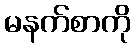
မနက်စာကို